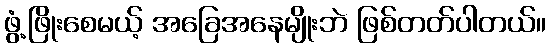
ဖွံ့ဖြိုးစေမယ့် အခြေအနေမျိုးဘဲ ဖြစ်တတ်ပါတယ်။